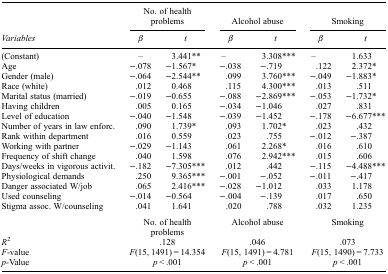
<table><thead><tr><td><b> </b></td><td colspan="2"><b>No. of health problems</b></td><td colspan="2"><b>Alcohol abuse</b></td><td colspan="2"><b>Smoking</b></td></tr><tr><td><b><i>Variables</i></b></td><td><b><i>β</i></b></td><td><b><i>t</i></b></td><td><b><i>β</i></b></td><td><b><i>t</i></b></td><td><b><i>β</i></b></td><td><b><i>t</i></b></td></tr></thead><tbody><tr><td>(Constant)</td><td>–</td><td>3.441**</td><td>–</td><td>3.308***</td><td>–</td><td>1.633</td></tr><tr><td>Age</td><td>−.078</td><td>−1.567*</td><td>−.038</td><td>−.719</td><td>.122</td><td>2.372*</td></tr><tr><td>Gender (male)</td><td>−.064</td><td>−2.544**</td><td>.099</td><td>3.760***</td><td>−.049</td><td>−1.883*</td></tr><tr><td>Race (white)</td><td>.012</td><td>0.468</td><td>.115</td><td>4.300***</td><td>.013</td><td>.511</td></tr><tr><td>Marital status (married)</td><td>−.019</td><td>−0.655</td><td>−.088</td><td>−2.869***</td><td>−.053</td><td>−1.732*</td></tr><tr><td>Having children</td><td>.005</td><td>0.165</td><td>−.034</td><td>−1.046</td><td>.027</td><td>.831</td></tr><tr><td>Level of education</td><td>−.040</td><td>−1.548</td><td>−.039</td><td>−1.452</td><td>−.178</td><td>−6.677***</td></tr><tr><td>Number of years in law enforc.</td><td>.090</td><td>1.739*</td><td>.093</td><td>1.702*</td><td>.023</td><td>.432</td></tr><tr><td>Rank within department</td><td>.016</td><td>0.559</td><td>.023</td><td>.755</td><td>−.012</td><td>−.387</td></tr><tr><td>Working with partner</td><td>−.029</td><td>−1.143</td><td>.061</td><td>2.268*</td><td>.016</td><td>.610</td></tr><tr><td>Frequency of shift change</td><td>.040</td><td>1.598</td><td>.076</td><td>2.942***</td><td>.015</td><td>.606</td></tr><tr><td>Days/weeks in vigorous activit.</td><td>−.182</td><td>−7.305***</td><td>.012</td><td>.442</td><td>−.115</td><td>−4.488***</td></tr><tr><td>Physiological demands</td><td>.250</td><td>9.365***</td><td>−.001</td><td>−.052</td><td>−.011</td><td>−.417</td></tr><tr><td>Danger associated W/job</td><td>.065</td><td>2.416***</td><td>−.028</td><td>−1.012</td><td>.033</td><td>1.178</td></tr><tr><td>Used counseling</td><td>−.014</td><td>−0.564</td><td>−.004</td><td>−.139</td><td>.017</td><td>.650</td></tr><tr><td>Stigma assoc. W/counseling</td><td>.041</td><td>1.641</td><td>.020</td><td>.788</td><td>.032</td><td>1.235</td></tr><tr><td> </td><td colspan="2">No. of health problems</td><td colspan="2">Alcohol abuse</td><td colspan="2">Smoking</td></tr><tr><td><i>R</i><sup>2</sup></td><td colspan="2">.128</td><td colspan="2">.046</td><td colspan="2">.073</td></tr><tr><td><i>F</i>-value</td><td colspan="2"><i>F</i>(15, 1491) = 14.354</td><td colspan="2"><i>F</i>(15, 1491) = 4.781</td><td colspan="2"><i>F</i>(15, 1490) = 7.733</td></tr><tr><td><i>p</i>-Value</td><td colspan="2"><i>p</i> &lt; .001</td><td colspan="2"><i>p</i> &lt; .001</td><td colspan="2"><i>p</i> &lt; .001</td></tr></tbody></table>